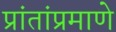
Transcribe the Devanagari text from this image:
प्रांतांप्रमाणे